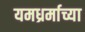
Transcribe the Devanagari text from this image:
यमध्रर्माच्या